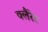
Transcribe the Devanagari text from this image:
क्लैरेट